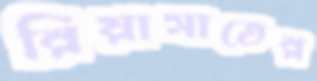
রিয়াসাতের